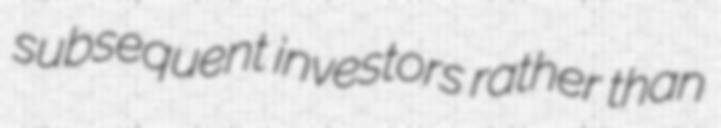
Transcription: subsequent investors rather than